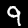
Label: 9